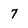
Character: 7